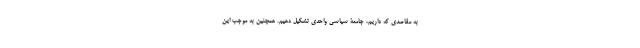
به مقاصدی که داریم، جامعۀ سیاسی واحدی تشکیل دهیم. همچنین به موجب این